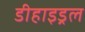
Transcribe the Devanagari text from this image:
डीहाइड्रल